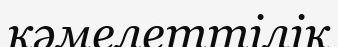
кәмелеттілік